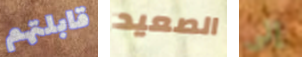
قابلتهم الصعيد إلى